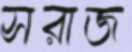
সরাজ